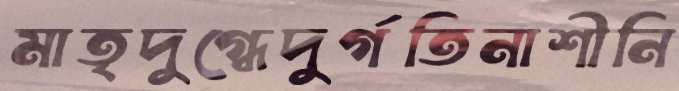
মাতৃদুগ্ধেদুর্গতিনাশীনি